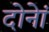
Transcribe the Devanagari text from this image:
दोनेां